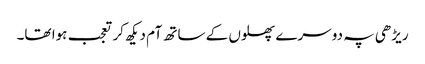
ریڑھی پہ دوسرے پھلوں کے ساتھ آم دیکھ کر تعجب ہوا تھا۔